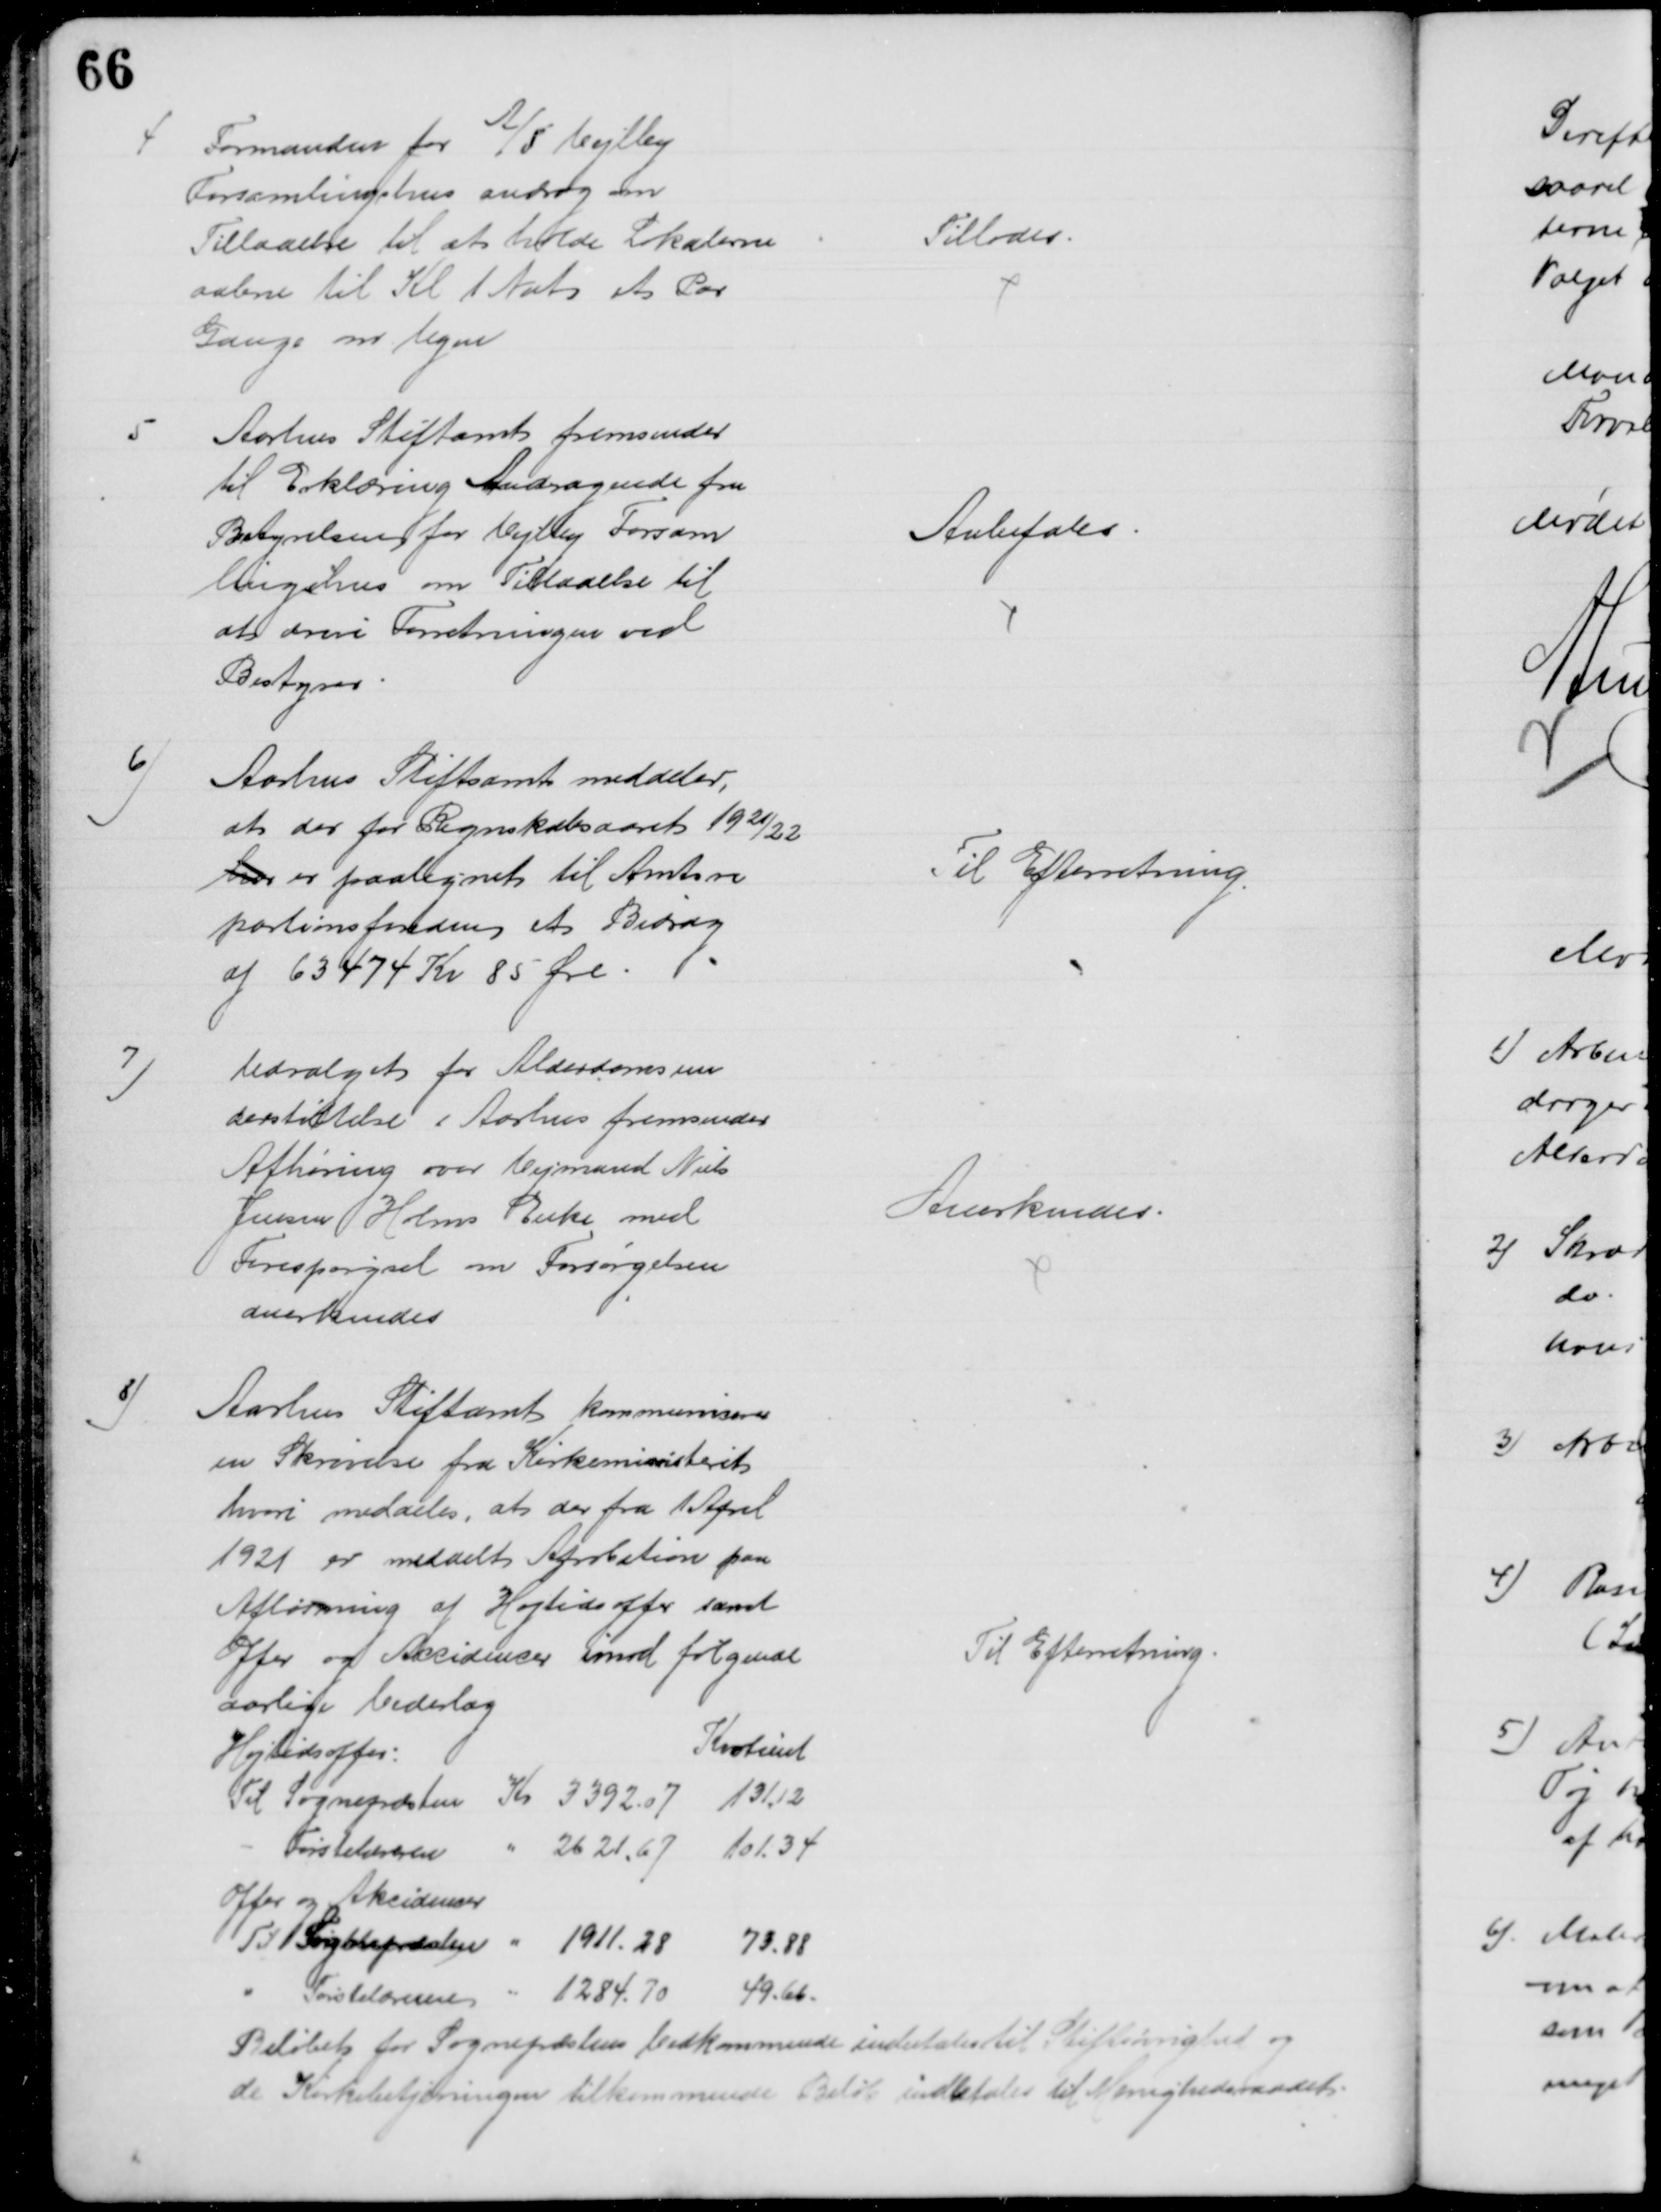
Transskription:
4
Formanden for A/S Vejlby
Forsamlingshus androg om
Tilladelse til at holde Lokalerne
aabne til Kl 1 Nat et Par
Gange om Ugen
Tillodes.
5
Aarhus Stiftamt fremsender
til Erklæring Andragende fra
Bestyrelsen for Vejlby Forsam
lingshus om Tilladelse til
at drive Forretningen ved
Bestyrer
Anbefales
6)
Aarhus Stiftsamt meddeler,
at der for Regnskabsaaret 1921/22
har er paategnet til Amtsre
partionsfonden et Bidrag
af 63474 Kr 85 Øre.
Til Efterretning.
7)
Udvalget for Alderdomsun
derstøttelse i Aarhus fremsender
Afhøring over Vejmand Niels
Jensen Holms Enke med
Forespørgsel om Forsørgelsen
anerkendes
Anerkendes.
8)
Aarhus Stiftamt kommunicerer
en Skrivelse fra Kirkeministeriet
hvori meddeles, at der fra 1 April
1921 er meddelt Aprobation paa
Afløsning af Højtidsoffer samt
Offer og Accidenser imod følgende
aarlige Vederlag
Højtidsoffer:
Kvotient
Til Sognepræsten Kr 3392,07 
131,12
Førstelæreren 
2621,67 
101,34
Offer og Akcidenser
Til Sognepræsten
1911,28 
73,88
Førstelæreren 
1284,70
49,66
Til Efterretning
Beløbet for Sognepræstens Vedkommende indbetales til Stiftøvrighed og 
de Kirkebetjeningen tilkommende Beløb indbetales til Menighedsraadet.